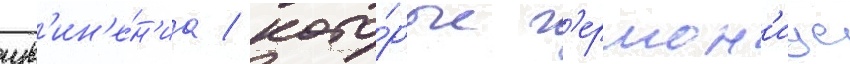
изв'ин'е́н'иа / кото́рые г'ермон'иус